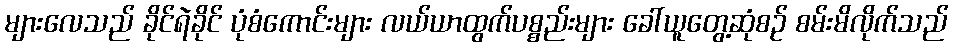
များလေသည် ခိုင်ရဲခိုင် ပုံစံကောင်းများ လယ်ယာထွက်ပစ္စည်းများ ခေါ်ယူတွေ့ဆုံစဉ် စမ်းမိလိုက်သည်